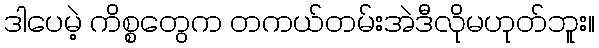
ဒါပေမဲ့ ကိစ္စတွေက တကယ်တမ်းအဲဒီလိုမဟုတ်ဘူး။